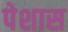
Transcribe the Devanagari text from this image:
पेशास